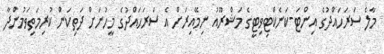
މާލެ ސަރަހައްދުގެ އިންޓަ-ކަނެކްޓިވިޓީގެ މަޝްރޫއު ނިމޭއިރަށް އެ ސަރަހައްދުގެ މީހުނަށް ދަތިކަން ކުރިމަތިވަމުންދާ